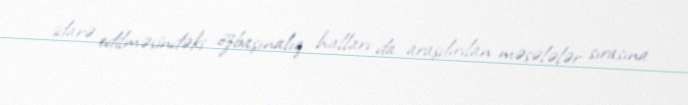
idarə edilməsindəki özbaşınalıq halları da araşdırılan məsələlər sırasına